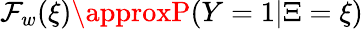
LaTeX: \mathcal{F}_{w}(\xi)\approxP(Y=1|\Xi=\xi)